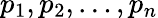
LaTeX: p_{1},p_{2},\ldots,p_{n}